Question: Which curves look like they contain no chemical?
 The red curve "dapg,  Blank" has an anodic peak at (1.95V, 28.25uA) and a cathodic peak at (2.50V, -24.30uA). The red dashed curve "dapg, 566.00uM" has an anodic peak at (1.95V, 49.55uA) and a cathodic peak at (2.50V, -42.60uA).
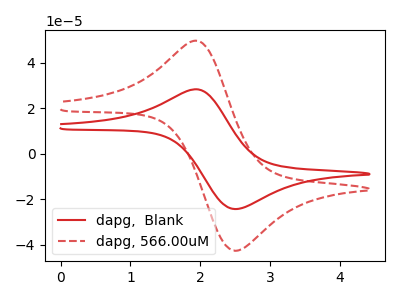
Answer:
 <answer>There are not any CV's on this graph that are likely to be blanks.</answer>
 <eval>none</eval>